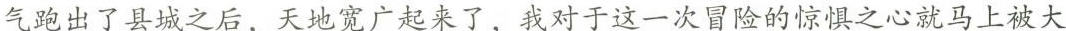
气跑出了县城之后，天地宽广起来了，我的对于这一次冒险的惊惧之心就马上被大